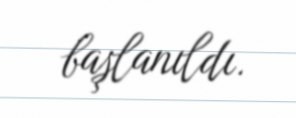
başlanıldı.